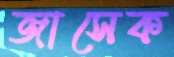
জাসেক